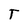
Character: T